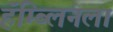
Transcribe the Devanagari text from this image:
हॅम्ब्लिनला